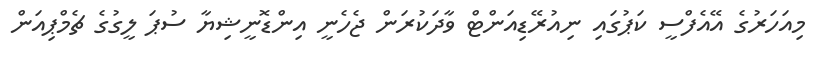
މިއަހަރުގެ އޭއެފްސީ ކަޕުގައި ނިއުރޭޑިއަންޓް ވާދަކުރަން ޖެހެނީ އިންޑޮނީޝިޔާ ސުޕަ ލީގުގެ ޗެމްޕިއަން